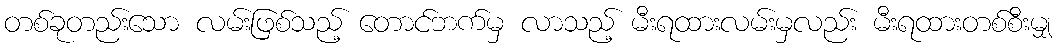
တစ်ခုတည်းသော လမ်းဖြစ်သည့် တောင်ဘက်မှ လာသည့် မီးရထားလမ်းမှလည်း မီးရထားတစ်စီးမျှ